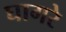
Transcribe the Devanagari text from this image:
घागरे